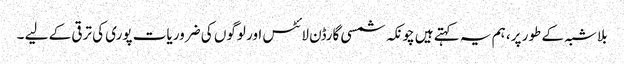
بلاشبہ کے طور پر، ہم یہ کہتے ہیں چونکہ شمسی گارڈن لائٹس اور لوگوں کی ضروریات پوری کی ترقی کے لیے ۔